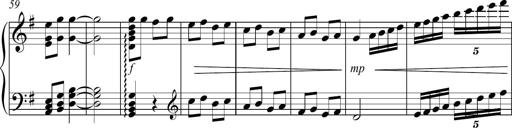
Title: Sonatina no. 2
Composer: Brian Henderson-Sellers
Key: G major